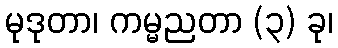
မုဒုတာ၊ ကမ္မညတာ (၃) ခု၊